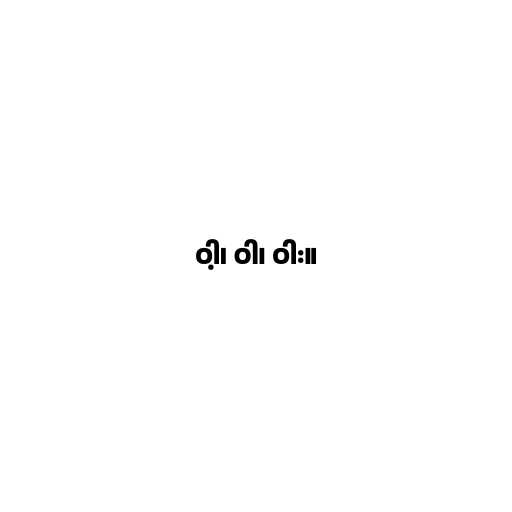
ဝါ့၊ ဝါ၊ ဝါး။